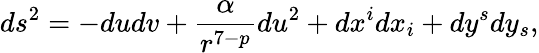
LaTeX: ds^{2}=-dudv+\frac{\alpha}{r^{7-p}}du^{2}+dx^{i}dx_{i}+dy^{s}dy_{s},